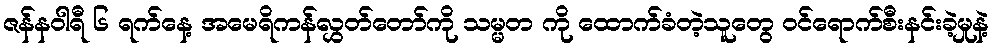
ဇန်နဝါရီ ၆ ရက်နေ့ အမေရိကန်လွှတ်တော်ကို သမ္မတ ကို ထောက်ခံတဲ့သူတွေ ဝင်ရောက်စီးနင်းခဲ့မှုနဲ့